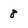
Character: 8